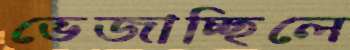
ভেজাচ্ছিলে